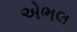
એભલ